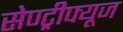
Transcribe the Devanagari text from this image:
सेण्ट्रीफ्यूज